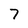
Character: 7